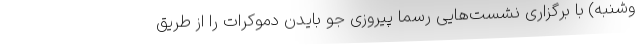
وشنبه) با برگزاری نشست‌هایی رسما پیروزی جو بایدن دموکرات را از طریق